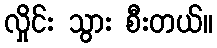
လှိုင်း သွား စီးတယ်။